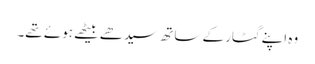
وہ اپنے گٹار کے ساتھ سیدھے بیٹھے ہوئے تھے۔